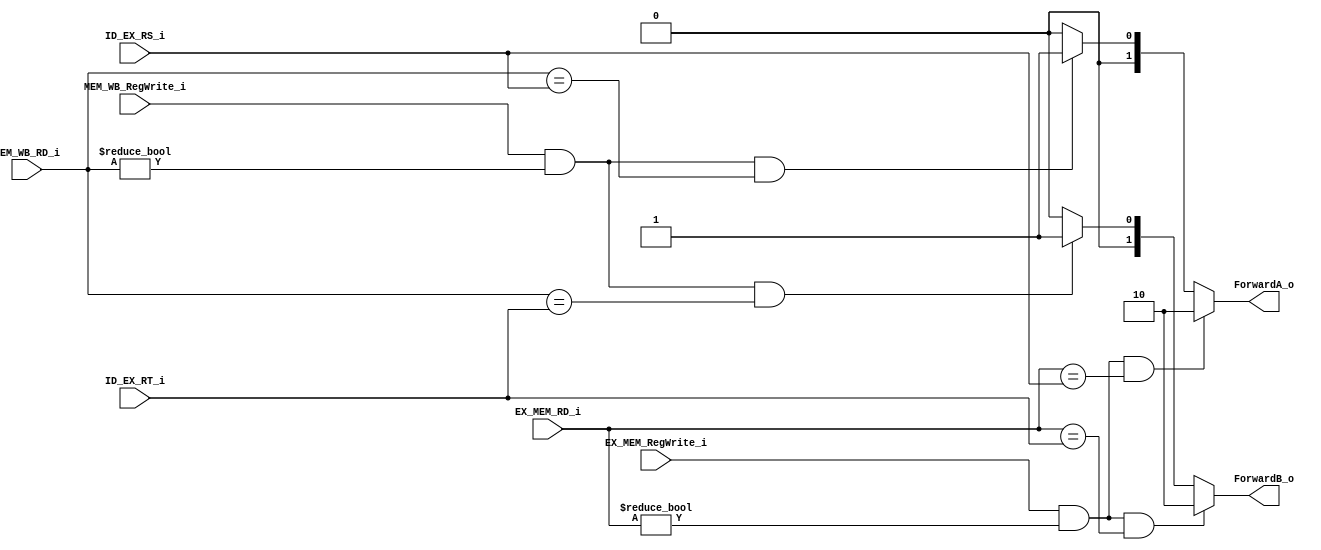
module  forwarding_unit
(
    input   wire    [4:0]   ID_EX_RS_i       ,
    input   wire    [4:0]   ID_EX_RT_i       ,
    input   wire    [4:0]   EX_MEM_RD_i      ,
    input   wire    [4:0]   MEM_WB_RD_i      ,
    input   wire            EX_MEM_RegWrite_i,
    input   wire            MEM_WB_RegWrite_i,
    
    output  reg     [1:0]   ForwardA_o       ,
    output  reg     [1:0]   ForwardB_o       
);

/* 
    P.137
    Detect hazard
    1.  RegWrite
    2. RD != 0
    3. RDRS or RT
    
    Forward:
        10: EX Hazard(1):  MEMRDsource
        01: MEM Hazard(2): WBRDsource
*/

always@(*)
    begin
        
        // ForwardA_o
        ForwardA_o = 2'b00;
        
        if(EX_MEM_RegWrite_i && EX_MEM_RD_i != 5'b00000 && EX_MEM_RD_i == ID_EX_RS_i)
            ForwardA_o = 2'b10;
        else if(MEM_WB_RegWrite_i && MEM_WB_RD_i != 5'b00000 && MEM_WB_RD_i == ID_EX_RS_i)
            ForwardA_o = 2'b01;
            
        // ForwardB_o
        ForwardB_o = 2'b00;
        
        if(EX_MEM_RegWrite_i && EX_MEM_RD_i != 5'b00000 && EX_MEM_RD_i == ID_EX_RT_i)
            ForwardB_o = 2'b10;
        else if(MEM_WB_RegWrite_i && MEM_WB_RD_i != 5'b00000 && MEM_WB_RD_i == ID_EX_RT_i)
            ForwardB_o = 2'b01;
    end
    

endmodule